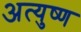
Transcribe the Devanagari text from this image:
अत्युष्ण